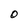
Character: O